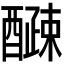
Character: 𫑽